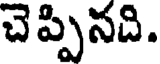
చెప్పినది.